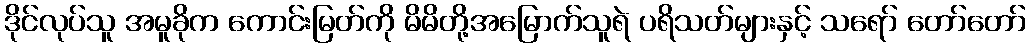
ဒိုင်လုပ်သူ အမူခိုက ကောင်းမြတ်ကို မိမိတို့အမြောက်သူရဲ ပရိသတ်များနှင့် သရော် တော်တော်